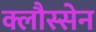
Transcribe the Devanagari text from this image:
क्लौस्सेन